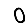
Digit: 0